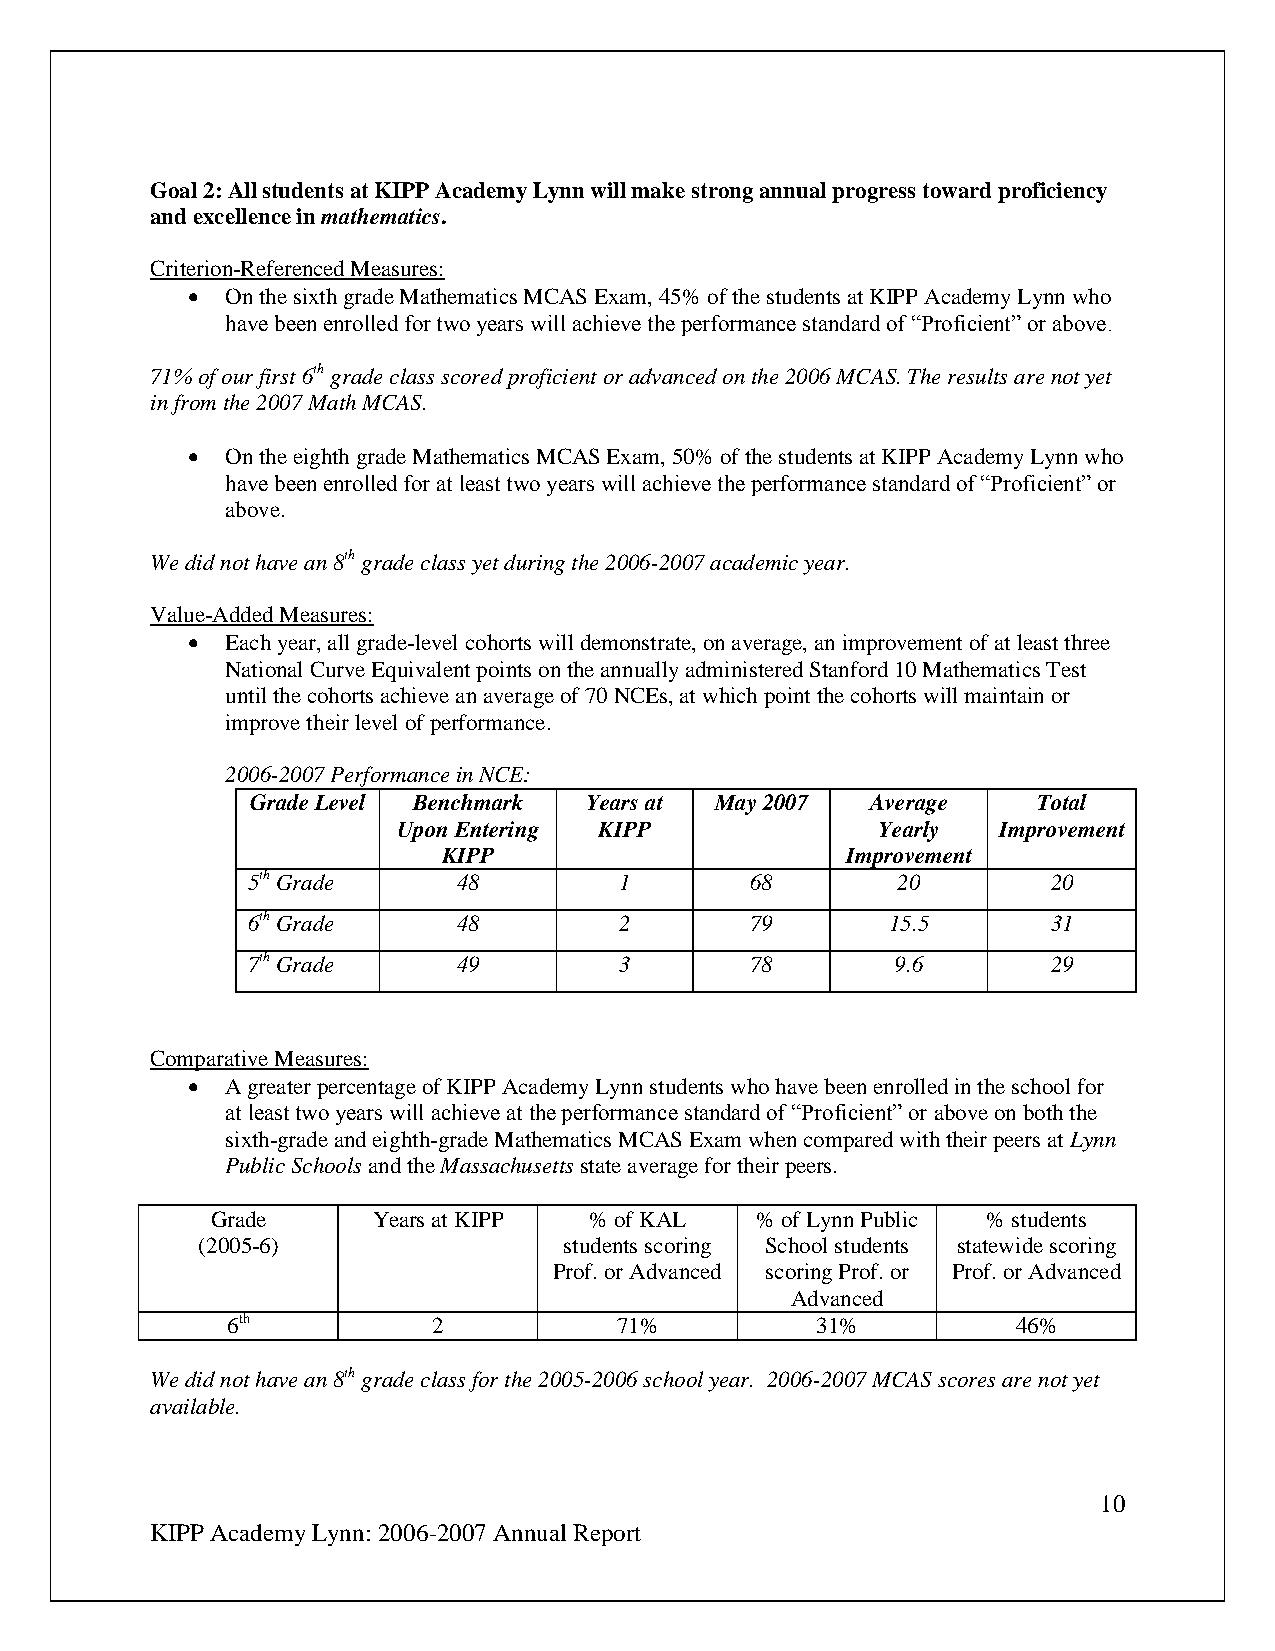
Goal 2: All students at KIPP Academy Lynn will make strong annual progress toward proficiency
 and excellence in mathematics.
 Criterion-Referenced Measures:
   On the sixth grade Mathematics MCAS Exam, 45% of the students at KIPP Academy Lynn who
 have been enrolled for two years will achieve the performance standard of “Proficient” or above.
 71% of our first 6th grade class scored proficient or advanced on the 2006 MCAS. The results are not yet
 in from the 2007 Math MCAS.
   On the eighth grade Mathematics MCAS Exam, 50% of the students at KIPP Academy Lynn who
 have been enrolled for at least two years will achieve the performance standard of “Proficient” or
 above.
 We did not have an 8th grade class yet during the 2006-2007 academic year.
 Value-Added Measures:
   Each year, all grade-level cohorts will demonstrate, on average, an improvement of at least three
 National Curve Equivalent points on the annually administered Stanford 10 Mathematics Test
 until the cohorts achieve an average of 70 NCEs, at which point the cohorts will maintain or
 improve their level of performance.
 2006-2007 Performance in NCE:
 Grade Level Benchmark Years at May 2007  Average    Total
 Upon Entering KIPP              Yearly  Improvement
 KIPP                       Improvement
 5th Grade     48         1        68       20         20
 6th Grade     48         2        79       15.5       31
 7th Grade     49         3        78       9.6        29
 Comparative Measures:
   A greater percentage of KIPP Academy Lynn students who have been enrolled in the school for
 at least two years will achieve at the performance standard of “Proficient” or above on both the
 sixth-grade and eighth-grade Mathematics MCAS Exam when compared with their peers at Lynn
 Public Schools and the Massachusetts state average for their peers.
 Grade      Years at KIPP % of KAL   % of Lynn Public % students
 (2005-6)                students scoring School students statewide scoring
 Prof. or Advanced scoring Prof. or Prof. or Advanced
 Advanced
 6th           2           71%          31%          46%
 We did not have an 8th grade class for the 2005-2006 school year. 2006-2007 MCAS scores are not yet
 available.
 10
 KIPP Academy Lynn: 2006-2007 Annual Report